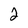
Character: 2